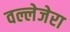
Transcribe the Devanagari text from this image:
वल्लेजेरा